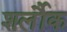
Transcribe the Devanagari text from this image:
शर्लौक